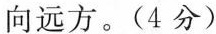
向远方。（4分）